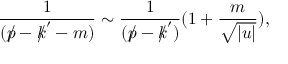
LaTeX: \frac { 1 } { ( p \llap / - k \llap / ^ { \prime } - m ) } \sim \frac { 1 } { ( p \llap / - k \llap / ^ { \prime } ) } ( 1 + \frac { m } { \sqrt { | u | } } ) ,